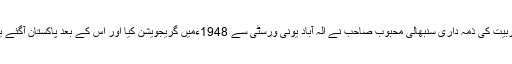
ان کے برادربزرگ محمد ایوب صدیقی نے ان کی تعلیم و تربیت کی ذمہ داری سنبھالی محبوب صاحب نے الہ آباد یونی ورسٹی سے 1948ءمیں گریجویشن کیا اور اس کے بعد پاکستان آگئے یہاں آکے انہوں نے سول سپیریر سروسز کا امتحان پاس کیا۔